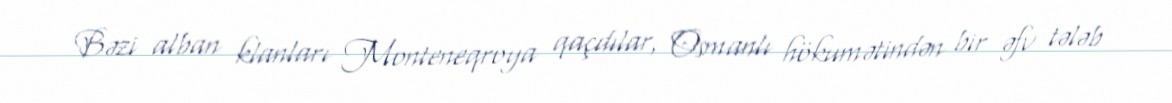
Bəzi alban klanları Monteneqroya qaçdılar, Osmanlı hökumətindən bir əfv tələb